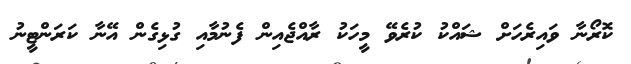
ކޮރޯނާ ވައިރެހަށް ޝައްކު ކުރެވޭ މީހަކު ރާއްޖެއިން ފެނުމާއި ގުޅިގެން އޭނާ ކަރަންޓީނު